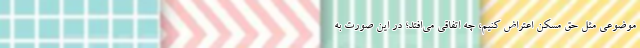
موضوعی مثل حق مسکن اعتراض کنیم، چه اتفاقی می‌افتد؛ در این صورت به